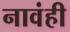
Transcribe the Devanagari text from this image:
नावंही